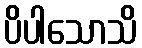
ပိပါသောသိ